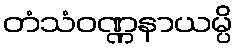
တံသံဝဏ္ဏနာယမ္ပိ